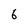
Character: 6